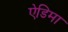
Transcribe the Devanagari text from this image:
ऐडिमा